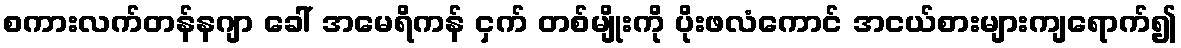
စကားလက်တန်နဂျာ ခေါ် အမေရိကန် ငှက် တစ်မျိုးကို ပိုးဖလံကောင် အငယ်စားများကျရောက်၍